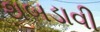
થબડાવી